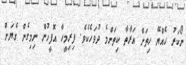
ނޯކަރު ހެއްޔޭ ހިތަށް އަރާތާ ކިތަންމެ ދުވަހެކެވެ. ފިރިމީހާ އޮފީހުން ނިމިގެން ގެޔަށް